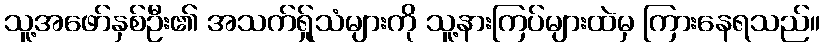
သူ့အဖော်နှစ်ဦး၏ အသက်ရ်ှုသံများကို သူ့နားကြပ်များထဲမှ ကြားနေရသည်။